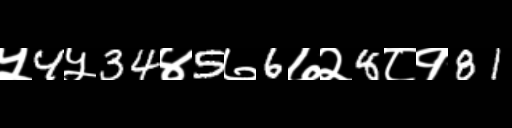
Text: ५4५34४5७6७२8८१81